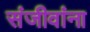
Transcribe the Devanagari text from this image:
संजीवांना